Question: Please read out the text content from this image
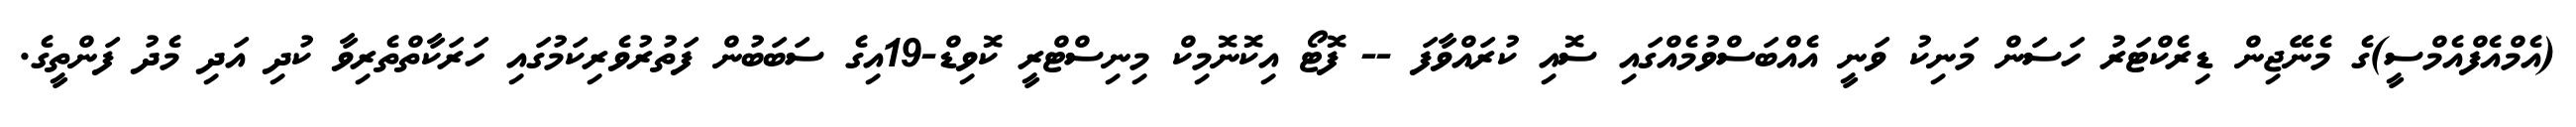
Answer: (އެމްއެފްއެމްސީ)ގެ މެނޭޖިން ޑިރެކްޓަރު ހަސަން މަނިކު ވަނީ އެއްބަސްވުމެއްގައި ސޮއި ކުރައްވާފަ -- ފޮޓޯ އިކޮނޮމިކް މިނިސްޓްރީ ކޮވިޑް-19އިގެ ސަބަބުން ފަތުރުވެރިކަމުގައި ހަރަކާތްތެރިވާ ކުދި އަދި މެދު ފަންތީގެ.